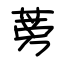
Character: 蒡